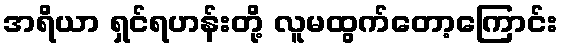
အရိယာ ရှင်ရဟန်းတို့ လူမထွက်တော့ကြောင်း